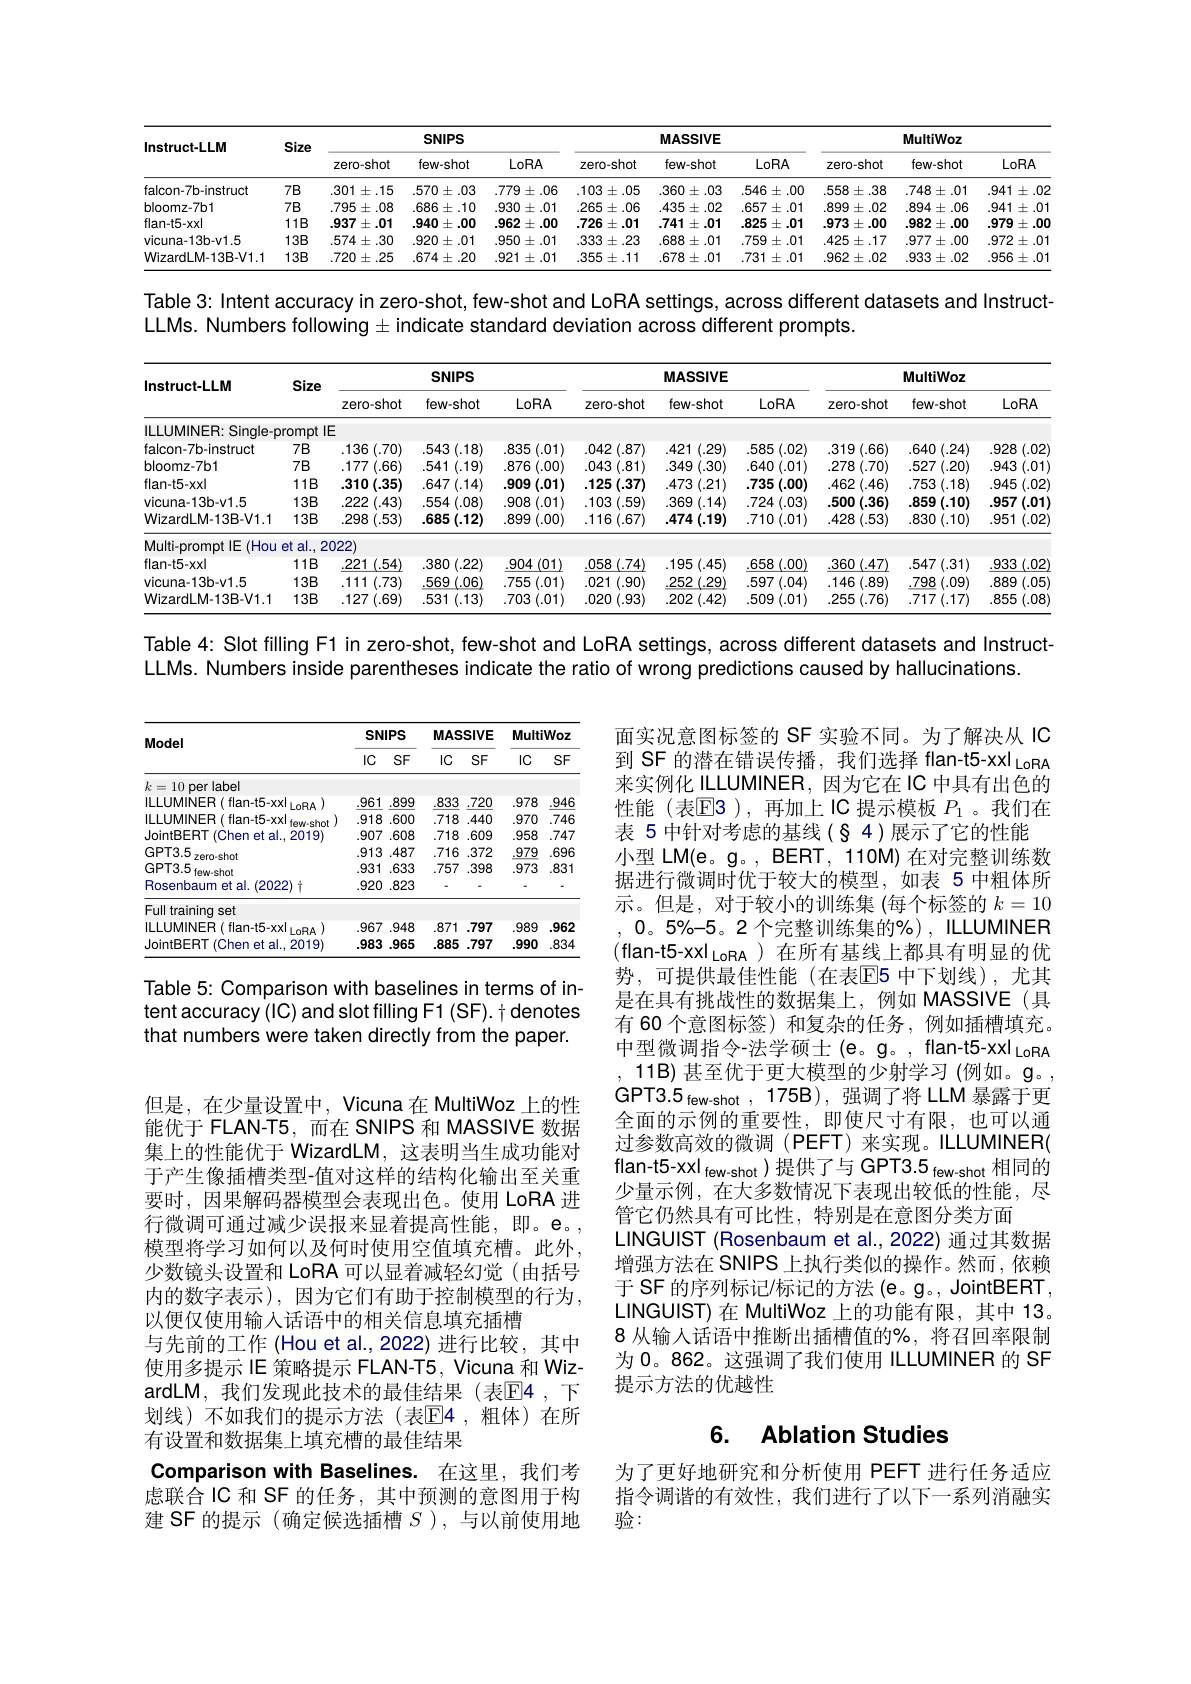
<table>
	<tbody>
		<tr>
			<th rowspan="2">Instruct-LLM</th>
			<th rowspan="2">Size</th>
			<th colspan="3">SNIPS</th>
			<th colspan="3">MASSIVE</th>
			<th colspan="3">MultiWoz</th>
		</tr>
		<tr>
			<th>zero-shot</th>
			<th>few-shot</th>
			<th>LoRA</th>
			<th>zero-shot</th>
			<th>few-shot</th>
			<th>LoRA</th>
			<th>zero-shot</th>
			<th>few-shot</th>
			<th>LoRA</th>
		</tr>
		<tr>
			<td>falcon-7b-instruct</td>
			<td>$7B$</td>
			<td>.301 $\pm.15$ 1 1</td>
			<td>$.570\pm.03$</td>
			<td>$.779\pm.06$ 1</td>
			<td>$.103\pm.05$</td>
			<td>$.360\pm.03$</td>
			<td>546 $5\pm.00$ 1 1</td>
			<td>$.558\pm.38$</td>
			<td>$.748\pm.01$</td>
			<td>.941 $\pm.02$ $w$ T</td>
		</tr>
		<tr>
			<td>bloomz-7b1</td>
			<td>$7B$</td>
			<td>795 $\pm.08$</td>
			<td>$.686\pm.10$</td>
			<td>$.930\pm.01$</td>
			<td>.265 $5\pm.06$ 1</td>
			<td>.435 $5\pm.02$</td>
			<td>$.657\pm.01$</td>
			<td>.899 $\pm.02$ -</td>
			<td>$.894\pm.06$</td>
			<td>.941 $\pm.01$</td>
		</tr>
		<tr>
			<td>flan-t5-xx</td>
			<td>$11B$</td>
			<td>.937 $\pm.01$</td>
			<td>.940 $\pm.00$</td>
			<td>.962 $\pm.00$</td>
			<td>726 $\pm.01$</td>
			<td>$.741\pm.01$</td>
			<td>825 $\pm.01$</td>
			<td>.973±.00</td>
			<td>.982 $\pm.00$</td>
			<td>.979 $3\pm.00$ 4</td>
		</tr>
		<tr>
			<td>vicuna-13b-v1.5</td>
			<td>$13B$</td>
			<td>$.574\pm.30$</td>
			<td>.920 $0\pm.01$</td>
			<td>$.950\pm.01$</td>
			<td>.333 $\pm.23$</td>
			<td>$.688\pm.01$</td>
			<td>759 $\pm.01$</td>
			<td>$.425\pm.17$</td>
			<td>$.977\pm.00$</td>
			<td>$.972\pm.01$</td>
		</tr>
		<tr>
			<td>WizardLM-13B-V1.1</td>
			<td>$13B$</td>
			<td>720 $\pm.25$ $w$ $\therefore$</td>
			<td>$.674\pm.20$</td>
			<td>.921: $\pm.01$ T</td>
			<td>.355 $5\pm.11$</td>
			<td>$.678\pm.01$</td>
			<td>$.731\pm.01$</td>
			<td>.962 $2\pm.02$</td>
			<td>.933 $\pm.02$</td>
			<td>.956 $\pm.01$</td>
		</tr>
	</tbody>
</table>

Table 3: Intent accuracy in zero-shot, few-shot and LoRA settings, across different datasets and Instruct-
LLMs. Numbers following $\pm$ indicate standard deviation across different prompts.

<table>
	<tbody>
		<tr>
			<th rowspan="2">Instruct-LLM</th>
			<th rowspan="2">Size</th>
			<th colspan="3">SNIPS</th>
			<th colspan="3">MASSIVE</th>
			<th colspan="3">MultiWoz</th>
		</tr>
		<tr>
			<th>zero-shot</th>
			<th>few-shot</th>
			<th>LoRA</th>
			<th>zero-shot</th>
			<th>few-shot</th>
			<th>LoRA</th>
			<th>zero-shot</th>
			<th>few-shot</th>
			<th>LoRA</th>
		</tr>
		<tr>
			<td>ILLUMINER: Sinqle-c</td>
			<td>rompt IE</td>
			<td>三</td>
			<td> </td>
			<td> </td>
			<td> </td>
			<td> </td>
			<td> </td>
			<td> </td>
			<td> </td>
			<td> </td>
		</tr>
		<tr>
			<td>falcon-7b-instruct</td>
			<td>$7B$</td>
			<td>:(.70) .136</td>
			<td>3(.18) .543</td>
			<td>(.01) .835</td>
			<td>(.87) .042</td>
			<td>421 (.29)</td>
			<td>(.02) 585</td>
			<td>.319(.66)</td>
			<td>$1\left(.24\right)$ .640</td>
			<td>.928 (.02</td>
		</tr>
		<tr>
			<td>bloomz-7b1</td>
			<td>$7B$</td>
			<td>.177 $'(.66)$</td>
			<td>.541 (.19)</td>
			<td>.876 $i(.00)$</td>
			<td>.043 (.81)</td>
			<td>.349 (.30)</td>
			<td>.640 1(.01)</td>
			<td>278 8(.70)</td>
			<td>527 $’(.20)$</td>
			<td>.943 (.01</td>
		</tr>
		<tr>
			<td>flan-t5-xx</td>
			<td>$11B$</td>
			<td>1(.35) .310</td>
			<td>$.647\left(.14\right)$</td>
			<td>.909 (.01)</td>
			<td>(.37) 125</td>
			<td>.473 (.21)</td>
			<td>735 (.00)</td>
			<td>.462 :(.46)</td>
			<td>753 :(.18)</td>
			<td>.945 (.02</td>
		</tr>
		<tr>
			<td>vicuna-13b-v1.5</td>
			<td>$13B$</td>
			<td>.222 (.43)</td>
			<td>554 (.08)</td>
			<td>.908 (.01)</td>
			<td>.103 (.59)</td>
			<td>.369 1(.14)</td>
			<td>.724 (.03)</td>
			<td>.500 (.36)</td>
			<td>.859 (.10)</td>
			<td>.957 (.01)</td>
		</tr>
		<tr>
			<td>WizardLM-13B-V1.1</td>
			<td>$13B$</td>
			<td>(.53) .298</td>
			<td>$.685\left(.12\right)$</td>
			<td>3(.00) .899</td>
			<td>.116(.67)</td>
			<td>$.474\left(.19\right)$</td>
			<td>.710 (.01)</td>
			<td>.428 (.53)</td>
			<td>.830 (.10)</td>
			<td>.951 (.02)</td>
		</tr>
		<tr>
			<td>Multi-prompt IE $(Hou$</td>
			<td>$etal.$, 2</td>
			<td>022</td>
			<td> </td>
			<td> </td>
			<td> </td>
			<td> </td>
			<td> </td>
			<td> </td>
			<td> </td>
			<td> </td>
		</tr>
		<tr>
			<td>flan-t5-xx</td>
			<td>$11B$</td>
			<td>(.54) 221</td>
			<td>(.22) .380</td>
			<td>(01) .904</td>
			<td>(.74) .058</td>
			<td>(.45) .195</td>
			<td>(.00) .658</td>
			<td>)(.47) .360</td>
			<td>$.547\left(.31\right)$</td>
			<td>.933 (.02</td>
		</tr>
		<tr>
			<td>vicuna-13b-v1.5</td>
			<td>$13B$</td>
			<td>.111 (.73)</td>
			<td>(.06) 569</td>
			<td>(.01) 755</td>
			<td>1 (.90) .021</td>
			<td>252 (.29)</td>
			<td>$7\left(.04\right)$ 597</td>
			<td>6(.89) 146</td>
			<td>798 (.09)</td>
			<td>.889 (.05</td>
		</tr>
		<tr>
			<td>WizardLM-13B-V1.1</td>
			<td>$13B$</td>
			<td>127 (.69)</td>
			<td>.531 (.13)</td>
			<td>703 (.01)</td>
			<td>(.93) .020</td>
			<td>(.42) 202</td>
			<td>509 (.01)</td>
			<td>255 :(.76)</td>
			<td>$.717\left(.17\right)$</td>
			<td>.855 (.08</td>
		</tr>
	</tbody>
</table>

Table 4: Slot filling F1 in zero-shot, few-shot and LoRA settings, across different datasets and Instruct-

LLMs. Numbers inside parentheses indicate the ratio of wrong predictions caused by hallucinations.

<table>
	<tbody>
		<tr>
			<th rowspan="2">Model</th>
			<th colspan="2">SNIPS</th>
			<th colspan="2">MASSIVE</th>
			<th colspan="2">MultiWoz</th>
		</tr>
		<tr>
			<th>$lC$</th>
			<th>$SF$</th>
			<th>IC</th>
			<th>$SF$</th>
			<th>$IC$</th>
			<th>$SF$</th>
		</tr>
		<tr>
			<td>10 per label</td>
			<td> </td>
			<td> </td>
			<td> </td>
			<td> </td>
			<td> </td>
			<td> </td>
		</tr>
		<tr>
			<td>ILLUMINER( flan-t5-xx) InBA</td>
			<td>.961</td>
			<td>.899</td>
			<td>.833</td>
			<td>.720</td>
			<td>.978</td>
			<td>.946</td>
		</tr>
		<tr>
			<td>ILLUMINER( flan-t5-xx) to $w_{\mathrm{ehat}}$</td>
			<td>.918</td>
			<td>.600</td>
			<td>.718</td>
			<td>.440</td>
			<td>.970</td>
			<td>.746</td>
		</tr>
		<tr>
			<td>JointBERT (Chen et al., 2019</td>
			<td>.907</td>
			<td>.608</td>
			<td>718</td>
			<td>.609</td>
			<td>958</td>
			<td>.747</td>
		</tr>
		<tr>
			<td>GPT3.5</td>
			<td>.913</td>
			<td>.487</td>
			<td>.716</td>
			<td>.372</td>
			<td>.979</td>
			<td>.696</td>
		</tr>
		<tr>
			<td>GPT3.5 fe</td>
			<td>.931</td>
			<td>633</td>
			<td>.757</td>
			<td>398</td>
			<td>.973</td>
			<td>.831</td>
		</tr>
		<tr>
			<td>Rosenbaum et al. (2022) </td>
			<td>.920</td>
			<td>823</td>
			<td>-</td>
			<td> </td>
			<td> </td>
			<td>-</td>
		</tr>
		<tr>
			<td>Full training set</td>
			<td> </td>
			<td> </td>
			<td> </td>
			<td> </td>
			<td> </td>
			<td> </td>
		</tr>
		<tr>
			<td>ILLUMINER( flan-t5-xx) InBA</td>
			<td>.967</td>
			<td>.948</td>
			<td>.871</td>
			<td>.797</td>
			<td>.989</td>
			<td>.962</td>
		</tr>
		<tr>
			<td>JointBERT 1 (Chen et al.,2019)</td>
			<td>.983</td>
			<td>.965</td>
			<td>.885</td>
			<td>.797</td>
			<td>.990</td>
			<td>.834</td>
		</tr>
	</tbody>
</table>

Table 5: Comparison with baselines in terms of intent accuracy (IC) and slot filling F1 (SF). t denotes that numbers were taken directly from the paper.

面实况意图标签的 SF 实验不同。为了解决从 IC 到 SF 的潜在错误传播，我们选择 flan-t5-xxl LoRA 来实例化 ILLUMINER, 因为它在 IC 中具有出色的性能(表$\mathbb{E}$3),再加上IC 提示模板 $P_1$ 。我们在表 5 中针对考虑的基线(§ 4)展示了它的性能
小型 LM(e。g。, BERT, 110M) 在对完整训练数据进行微调时优于较大的模型，如表 5 中粗体所示。但是，对于较小的训练集 (每个标签的$k=10$ $,0。5\%-5。2$个完整训练集的%), ILLUMINER (flan-t5-xxl$_\text{LoRA}$)在所有基线上都具有明显的优势，可提供最佳性能(在表E5 中下划线),尤其是在具有挑战性的数据集上，例如 MASSIVE(具有 60 个意图标签)和复杂的任务，例如插槽填充。中型微调指令-法学硕士(e。g。,flan-t5-xxl_{LoRA)
11B) 甚至优于更大模型的少射学习 (例如。$\mathfrak{g}$。GPT3.5 few-shot ,175B),强调了将 LLM 暴露于更全面的示例的重要性，即使尺寸有限，也可以通过参数高效的微调(PEFT)来实现。ILLUMINER( flan-t5-xxl few-shot)提供了与 GPT3.5 few-shot 相同的少量示例，在大多数情况下表现出较低的性能，尽管它仍然具有可比性，特别是在意图分类方面
LINGUIST (Rosenbaum et al., 2022) 通过其数据增强方法在 SNIPS 上执行类似的操作。然而，依赖于 SF 的序列标记/标记的方法 (e。g。, JointBERT , LINGUIST) 在 MultiWoz 上的功能有限，其中 13。8 从输人话语中推断出插槽值的%,将召回率限制为 0。862。这强调了我们使用 ILLUMINER 的 SF 提示方法的优越性

但是，在少量设置中，Vicuna 在 MultiWoz 上的性能优于 FLAN-T5,而在 SNIPS 和 MASSIVE 数据集上的性能优于 WizardLM,这表明当生成功能对于产生像插槽类型-值对这样的结构化输出至关重要时，因果解码器模型会表现出色。使用 LoRA 进行微调可通过减少误报来显着提高性能，即。e。, 模型将学习如何以及何时使用空值填充槽。此外， 少数镜头设置和 LoRA 可以显着减轻幻觉(由括号内的数字表示),因为它们有助于控制模型的行为， 以便仅使用输入话语中的相关信息填充插槽
与先前的工作 (Hou et al.,2022) 进行比较，其中使用多提示 IE 策略提示 FLAN-T5, Vicuna 和 WizardLM,我们发现此技术的最佳结果(表$\mathbb{E}$4,下划线)不如我们的提示方法(表$\mathbb{E}$4,粗体)在所有设置和数据集上填充槽的最佳结果
Comparison with Baselines. 在这里，我们考虑联合 IC 和 SF 的任务，其中预测的意图用于构建 SF 的提示 (确定候选插槽$S$ ),与以前使用地

### 6. Ablation Studies

为了更好地研究和分析使用 PEFT 进行任务适应指令调谐的有效性，我们进行了以下一系列消融实验：